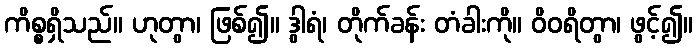
ကိစ္စရှိသည်။ ဟုတွာ၊ ဖြစ်၍။ ဒွါရံ၊ တိုက်ခန်း တံခါးကို။ ဝိဝရိတွာ၊ ဖွင့်၍။